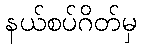
နယ်စပ်ဂိတ်မှ